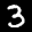
Label: 3